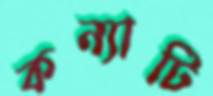
কন্যাটি